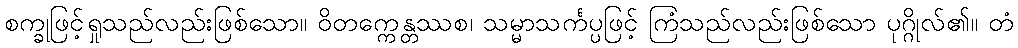
စက္ခုဖြင့်ရှုသည်လည်းဖြစ်သော။ ဝိတက္ကေန္တဿစ၊ သမ္မာသင်္ကပ္ပဖြင့် ကြံသည်လည်းဖြစ်သော ပုဂ္ဂိုလ်၏။ တံ